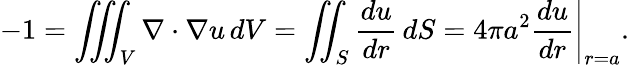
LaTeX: -1=\iiint_{V}\nabla\cdot\nabla u\, dV=\iint_{S}{\frac{du}{dr}}\, dS=\left.4\pi a^{2}{\frac{du}{dr}}\right|_{r=a}.